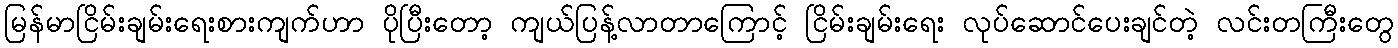
မြန်မာငြိမ်းချမ်းရေးစားကျက်ဟာ ပိုပြီးတော့ ကျယ်ပြန့်လာတာကြောင့် ငြိမ်းချမ်းရေး လုပ်ဆောင်ပေးချင်တဲ့ လင်းတကြီးတွေ